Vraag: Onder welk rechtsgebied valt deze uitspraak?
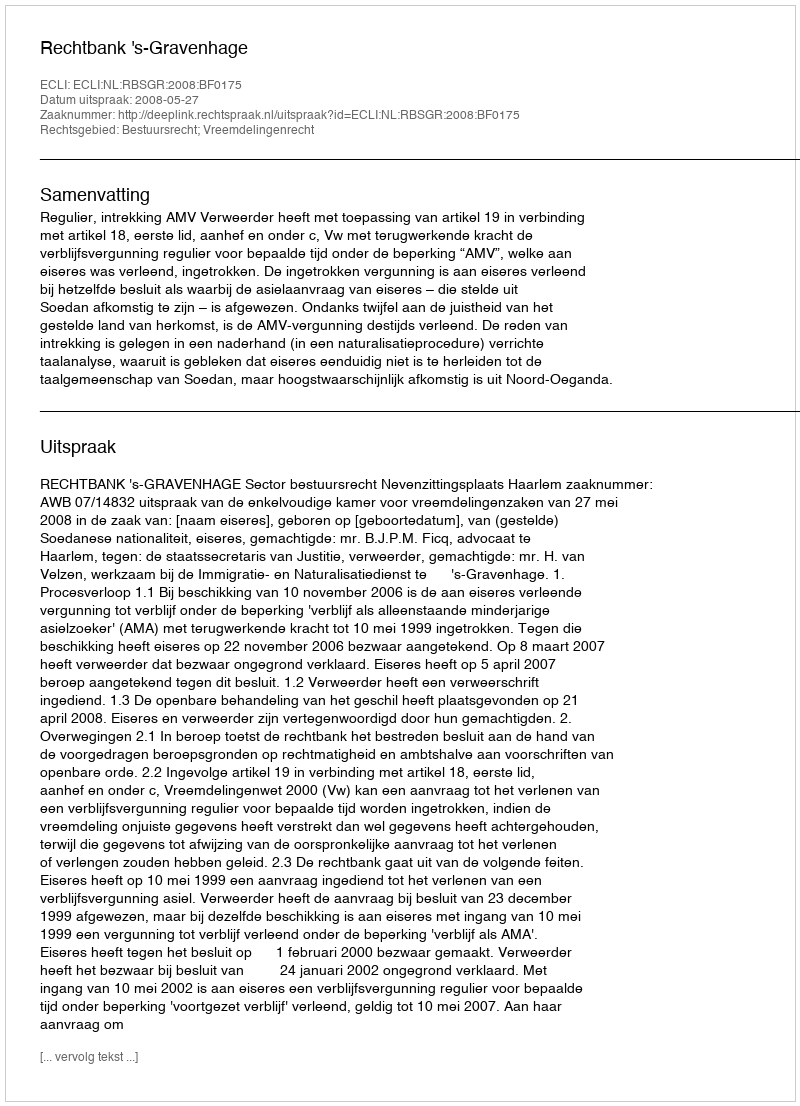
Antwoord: Bestuursrecht; Vreemdelingenrecht